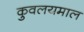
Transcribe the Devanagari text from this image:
कुवलयमाल